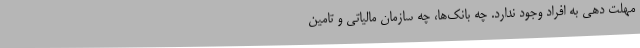
مهلت دهی به افراد وجود ندارد. چه بانک‌ها، چه سازمان مالیاتی و تامین